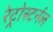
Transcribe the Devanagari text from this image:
रेट्रोस्टर्नल